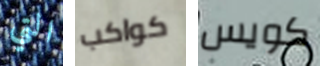
التي كواكب كويس